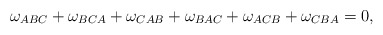
\begin{align*}\omega_{ABC}+\omega_{BCA}+\omega_{CAB}+\omega_{BAC}+ \omega_{ACB}+\omega_{CBA}=0,\end{align*}